Vaccination in the Punjab 1883-1896 - 1883-1896
Year: 1883
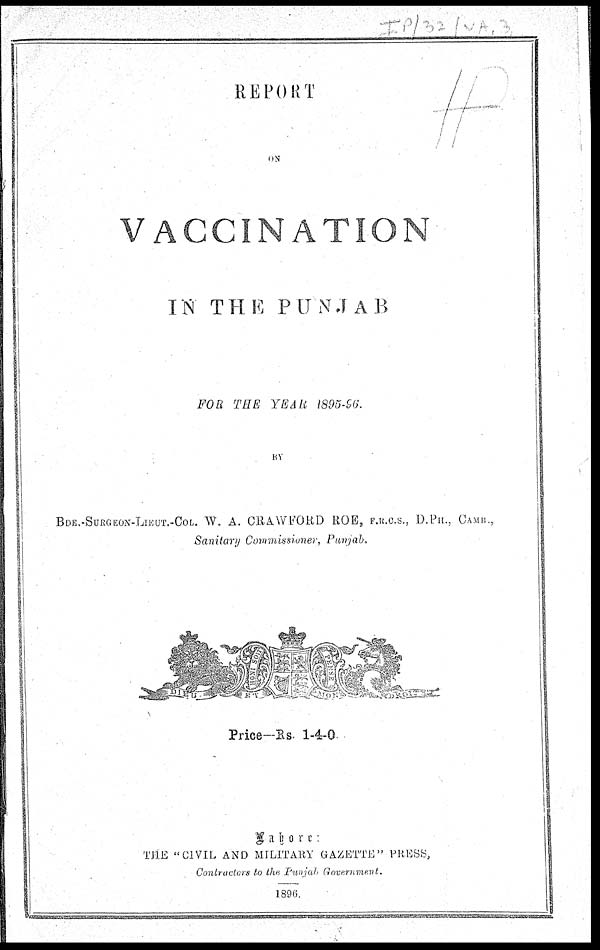
REPORT
ON
VACCINATION
IN THE PUNJAB
FOR THE YEAR 1895-96.
BY
BDE.-SURGEON-LIEUT.-COL. W. A. CRAWFORD ROE, F.R.C.S., D.PH., CAMB.,
Sanitary Commissioner, Punjab.
Price—Rs. 1-4-0
Lahore:
THE "CIVIL AND MILITARY GAZETTE" PRESS,
Contractors to the Punjab Government.
1896.